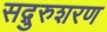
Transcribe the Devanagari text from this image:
सद्गुरुशरण